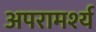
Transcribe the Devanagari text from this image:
अपरामर्श्य